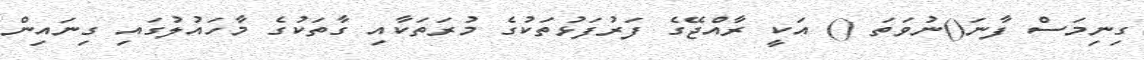
ގިނިމަސް ފާނަ()ނުވަތަ () އަކީ ރާއްޖޭގެ ފަރުފަޅުތަކުގެ މުރަތަކާއި ގާތަކުގެ މާހައުލުގައި ގިނައިން